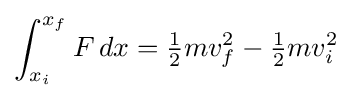
\int _{x_{i}}^{x_{f}}F\,dx={\tfrac {1}{2}}mv_{f}^{2}-{\tfrac {1}{2}}mv_{i}^{2}